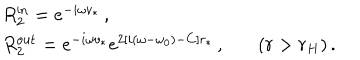
LaTeX: \begin{array} { l l } { { } } & { { R _ { 2 } ^ { \mathrm { i n } } = e ^ { - i \omega v _ { * } } \, , } } \\ { { } } & { { R _ { 2 } ^ { \mathrm { o u t } } = e ^ { - i \omega v _ { * } } e ^ { 2 [ i ( \omega - \omega _ { 0 } ) - C ] r _ { * } } \, , ~ ( r > r _ { H } ) \, . } } \\ \end{array}